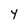
Character: Y